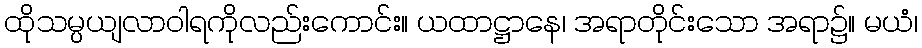
ထိုသမ္ပယျလာဝါရကိုလည်းကောင်း။ ယထာဋ္ဌာနေ၊ အရာတိုင်းသော အရာ၌။ မယံ၊